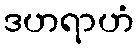
ဒဟရာဟံ